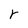
Character: r